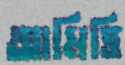
আমিত্তি